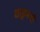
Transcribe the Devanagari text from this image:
वाड्रमयी